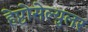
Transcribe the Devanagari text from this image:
हेप्टोसेल्युलर